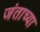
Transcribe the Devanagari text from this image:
जंताच्या